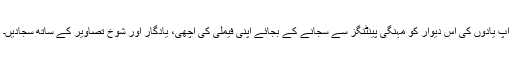
آپ یادوں کی اس دیوار کو مہنگی پینٹنگز سے سجانے کے بجائے اپنی فیملی کی اچھی، یادگار اور شوخ تصاویر کے ساتھ سجادیں۔